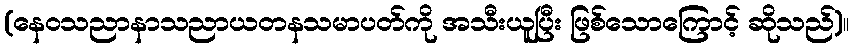
(နေဝသညာနာသညာယတနသမာပတ်ကို အသီးယူပြီး ဖြစ်သောကြောင့် ဆိုသည်)။